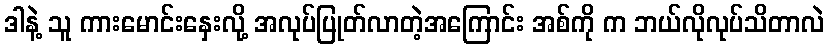
ဒါနဲ့ သူ ကားမောင်းနှေးလို့ အလုပ်ပြုတ်လာတဲ့အကြောင်း အစ်ကို က ဘယ်လိုလုပ်သိတာလဲ